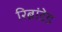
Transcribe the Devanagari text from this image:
रिब्रांडेड